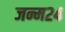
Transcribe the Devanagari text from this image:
जन्म२४